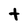
Character: t